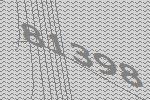
81398